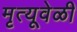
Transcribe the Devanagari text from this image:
मृत्यूवेळी